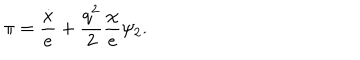
\pi = { \frac { \dot { x } } { e } } + { \frac { q ^ { 2 } } { 2 } } { \frac { \chi } { e } } \psi _ { 2 } .